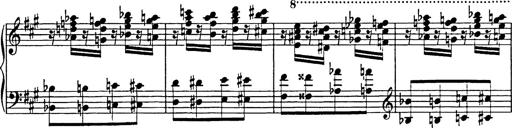
Title: Galop in A minor
Composer: Franz Liszt
Key: A minor